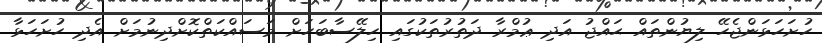
ހުށަހަޅަންޖެހޭ ލިޔުންތައް ޙައްޖު އަދި ޢުމްރާ ދަތުރުތަކުގައި ހިލޭސާބަހަށް މަސައްކަތްކޮށްދިނުމަށް އެދި ހުށަހަޅާ